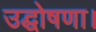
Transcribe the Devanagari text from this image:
उद्घोषणा।